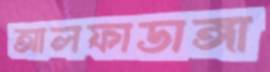
আলফাডাঙ্গা